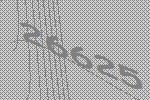
26625